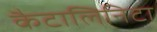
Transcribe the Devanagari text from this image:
कैटालिनिटा